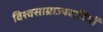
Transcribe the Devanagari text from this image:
विश्वसाम्राज्यवादियों